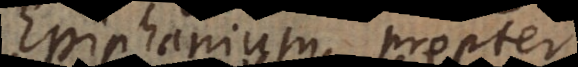
Epiphanium propter